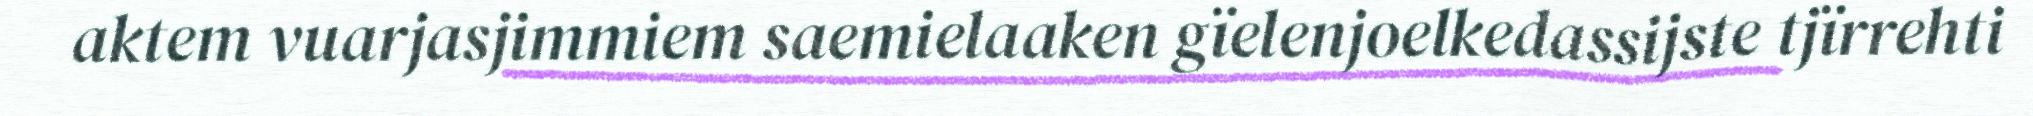
aktem vuarjasjimmiem saemielaaken gïelenjoelkedassijste tjïrrehti